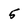
Character: 5